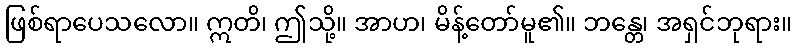
ဖြစ်ရာပေသလော။ ဣတိ၊ ဤသို့။ အာဟ၊ မိန့်တော်မူ၏။ ဘန္တေ၊ အရှင်ဘုရား။